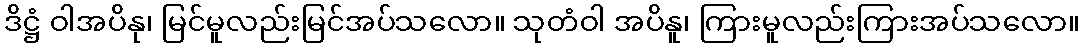
ဒိဋ္ဌံ ဝါအပိနု၊ မြင်မူလည်းမြင်အပ်သလော။ သုတံဝါ အပိနူ၊ ကြားမူလည်းကြားအပ်သလော။